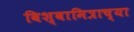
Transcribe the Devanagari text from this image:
विश्वामित्राच्या